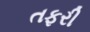
તફરી